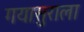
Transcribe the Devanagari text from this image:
गयासुराला